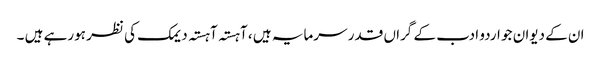
ان کے دیوان جو اردو ادب کے گراں قدر سرمایہ ہیں ، آہستہ آہستہ دیمک کی نظر ہورہے ہیں ۔